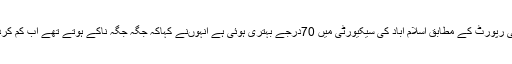
عالمی ادارے کی رپورٹ کے مطابق اسلام آباد کی سیکیورٹی میں 70درجے بہتری ہوئی ہے انہوںنے کہاکہ جگہ جگہ ناکے ہوتے تھے اب کم کردیئے گئے ہیں ۔